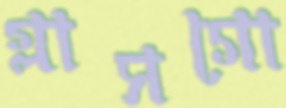
গ্লাসগো